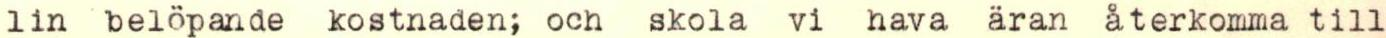
lin belöpande kostnaden; och skola vi hava äran återkomma till